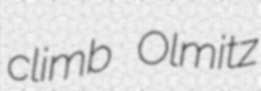
climb Olmitz